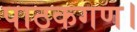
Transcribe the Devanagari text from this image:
पाठकगण।